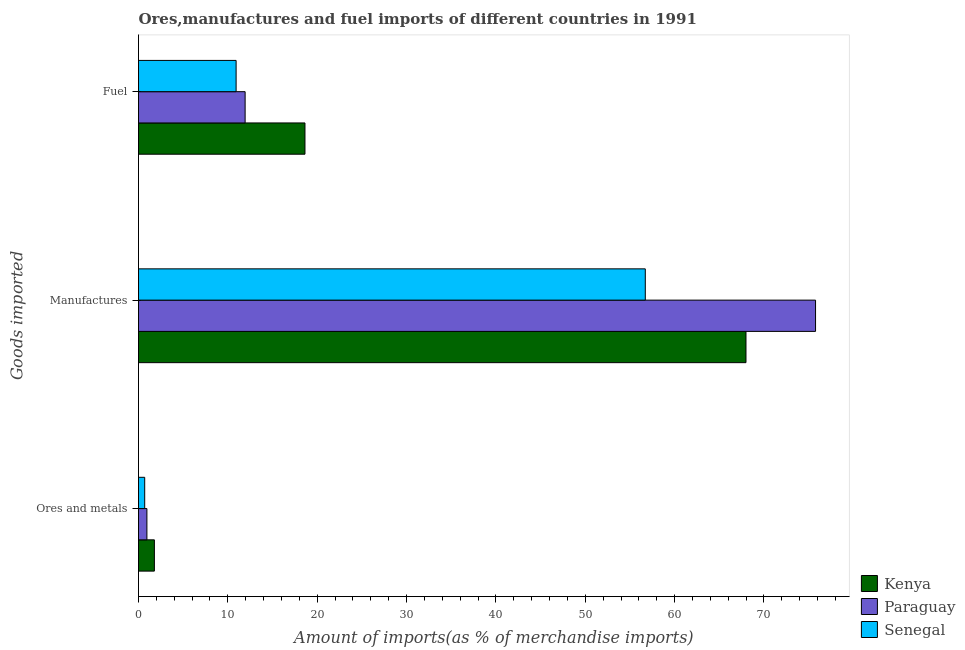
| Goods imported | Kenya | Paraguay | Senegal |
 | --- | --- | --- | --- |
 | Ores and metals | 1.78 | 0.94 | 0.694 |
 | Manufactures | 68 | 75.8 | 56.7 |
 | Fuel | 18.6 | 11.9 | 10.9 |